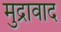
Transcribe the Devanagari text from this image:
मुद्रावाद